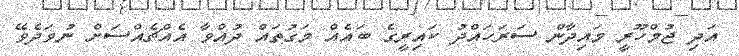
އަދި ޖުމްހޫރީ މައިދާން ސަރަހައްދު ކައިރީގެ ބައެއް މަގުތައް ދުއްވާ އެއްޗެއްސަށް ނުވަދެވޭ